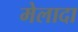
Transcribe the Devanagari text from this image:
मेलादा